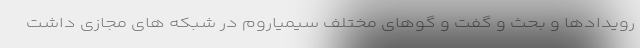
رویدادها و بحث و گفت و گوهای مختلف سیمیاروم در شبکه های مجازی داشت